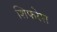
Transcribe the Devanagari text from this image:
शिफरेश